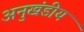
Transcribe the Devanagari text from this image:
अनुखंडीय